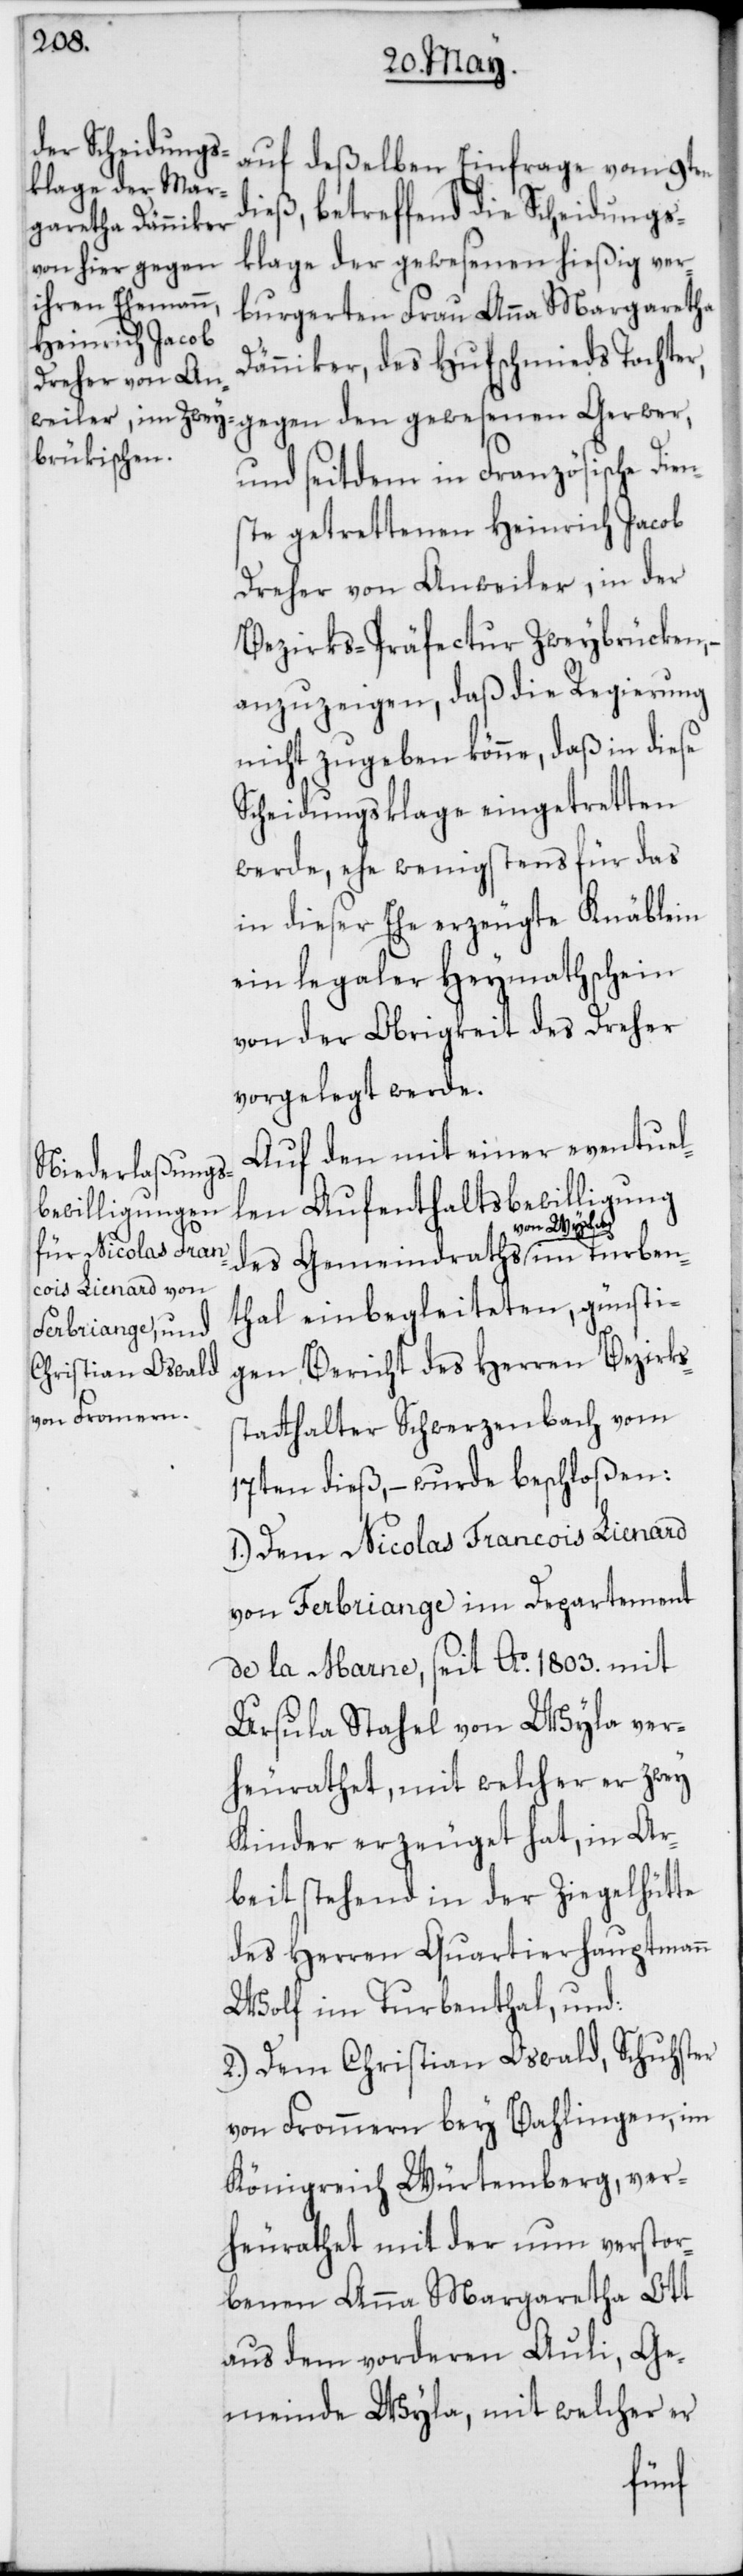
auf deßelben Einfrage vom 9ten
dieß, betreffend die Scheidungs¬
klage der gewesenen hießig ver¬
burgerten Frau Anna Margaretha
Dänniker, des Hufschmieds Tochter,
und seitdem in Französische Dien¬
ste getrettenen Heinrich Jacob
Dreher von Anweiler, in der
Bezirks-Präfectur Zweibrücken,
anzuzeigen, daß die Regierung
nicht zugeben könne, daß in diese
Scheidungsklage eingetretten
werde, ehe wenigstens für das
in dieser Ehe erzeugte Knäblein
ein legaler Heymathschein
von der Obrigkeit des Dreher
vorgelegt werde.
Auf den mit einer eventuel¬
len Aufenthalts-Bewilligung
von Wyla
thal einbegleiteten, günsti¬
gen Bericht des Herren Bezirks¬
statthalter Schwerzenbach vom
17ten dieß, – wurde beschloßen:
1.) Dem Nicolas Francois Lienard
von Ferbriange im Departement
de la Marne, seit Ao 1803. mit
Ursula Stahel von Wyla ver¬
heurathet, mit welcher er zwey
Kinder erzeuget hat, in Ar¬
beit stehend in der Ziegelhütte
des Herren Quartierhauptmann
Wolf im Turbenthal, und:
2.) Dem Christian Oswald, Schuster
von Fommern bey Bahlingen, im
Königreich Würtemberg, ver¬
heurathet mit der nun verstor¬
benen Anna Margaretha Ott
aus dem vorderen Auli, Ge¬
meinde Wyla, mit welcher er
ben¬